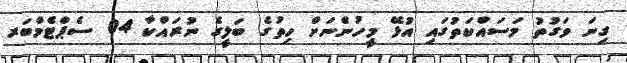
ގިނަ ވަގުތު މަސައްކަތުގައި އުޅޭ މީހުންނަށް ހިތުގެ ބަލީގެ ނުރައްކާ 04 ސެޕްޓެމްބަރ